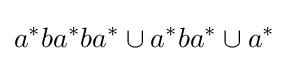
a^{*}ba^{*}ba^{*}\cup a^{*}ba^{*}\cup a^{*}